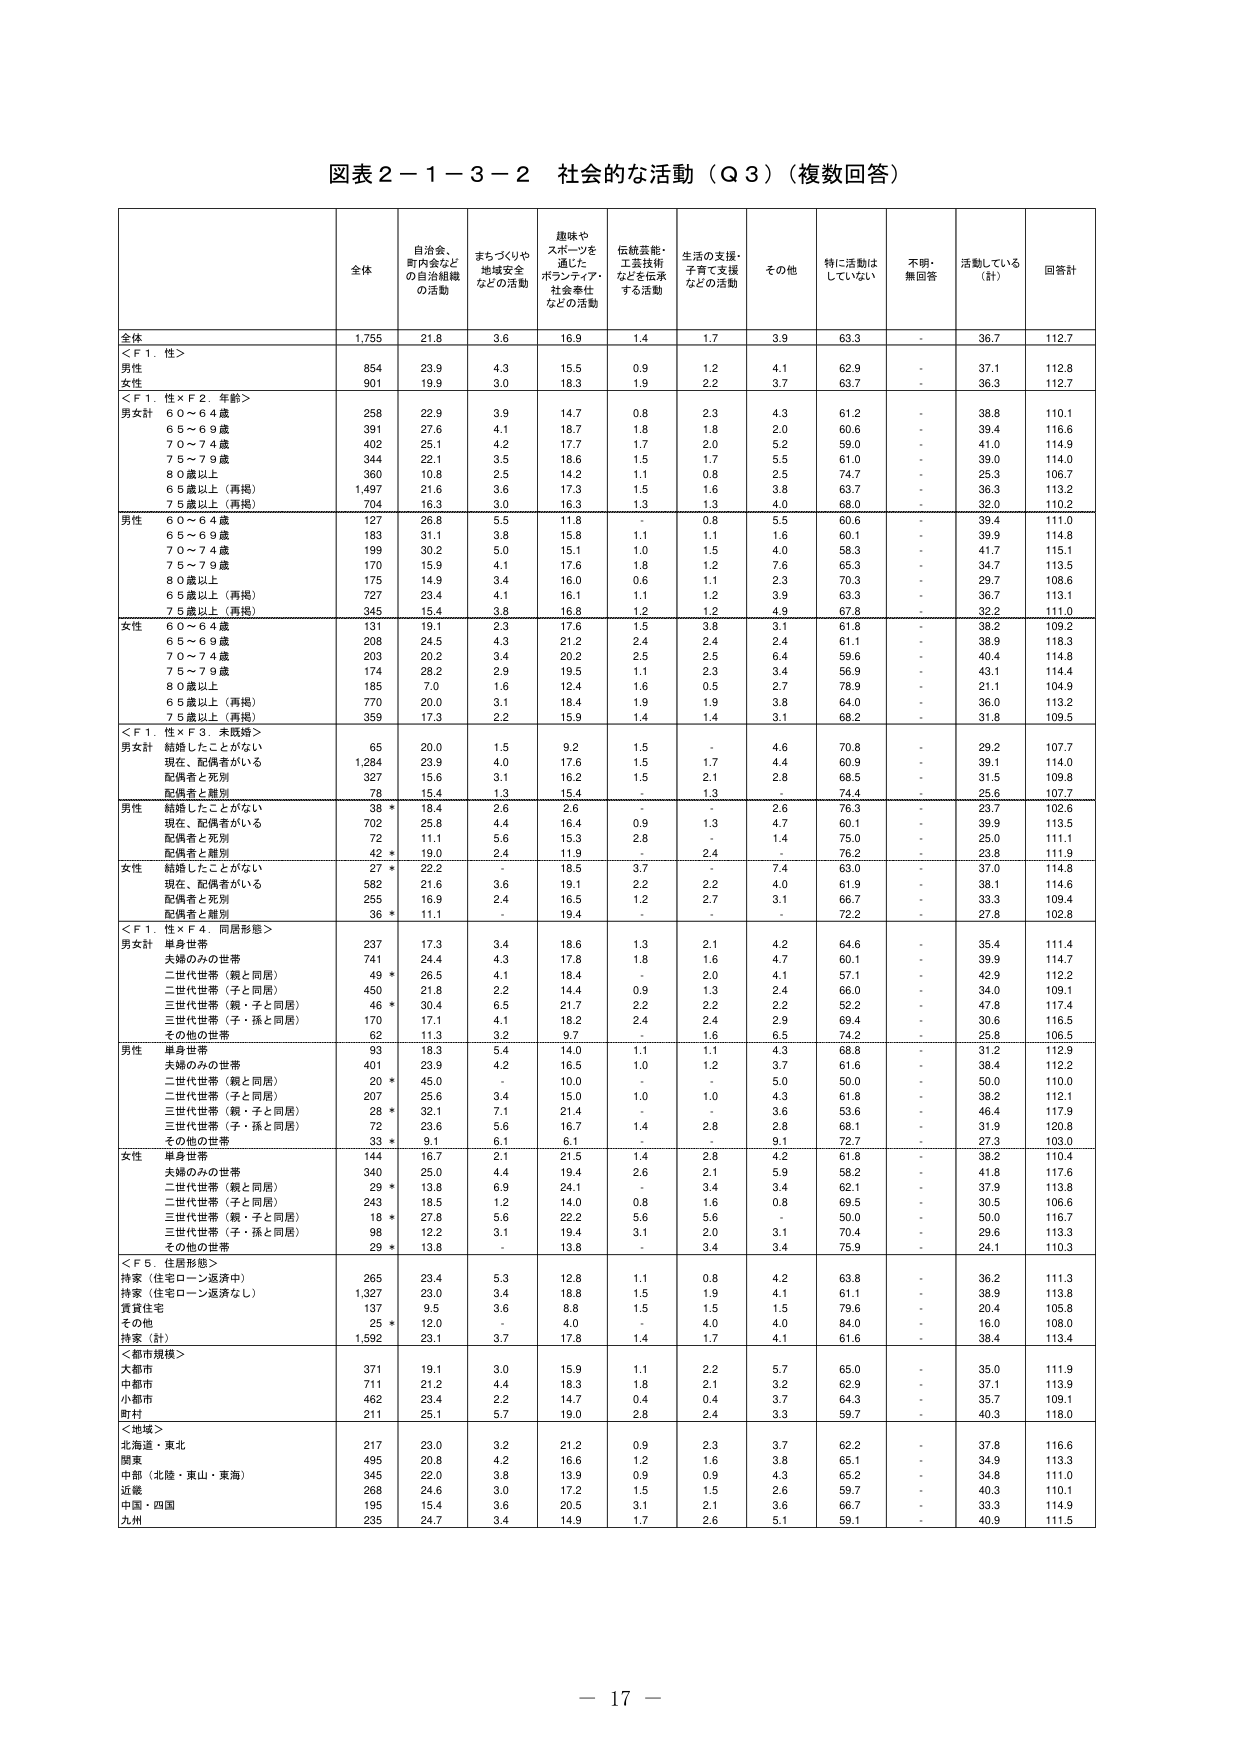
図表２－１－３－２ 社会的な活動（Ｑ３）（複数回答）

全体 自治会、町内会などの自治組織の活動 まちづくりや地域安全などの活動 趣味やスポーツを通じたボランティア・社会奉仕などの活動 伝統芸能・工芸技術などを伝承する活動 生活の支援・子育て支援などの活動 その他 特に活動はしていない 不明・無回答 活動している（計） 回答計

全体 1,755 21.8 3.6 16.9 1.4 1.7 3.9 63.3 - 36.7 112.7

＜Ｆ１．性＞
男性 854 23.9 4.3 15.5 0.9 1.2 4.1 62.9 - 37.1 112.8
女性 901 19.9 3.0 18.3 1.9 2.2 3.7 63.7 - 36.3 112.7

＜Ｆ１．性×Ｆ２．年齢＞
男女計
６０～６４歳 258 22.9 3.9 14.7 0.8 2.3 4.3 61.2 - 38.8 110.1
６５～６９歳 391 27.6 4.1 18.7 1.8 1.8 2.0 60.6 - 39.4 116.6
７０～７４歳 402 25.1 4.2 17.7 1.7 2.0 5.2 59.0 - 41.0 114.9
７５～７９歳 344 22.1 3.5 18.6 1.5 1.7 5.5 61.0 - 39.0 114.0
８０歳以上 360 10.8 2.5 14.2 1.1 0.8 2.5 74.7 - 25.3 106.7
６５歳以上（再掲） 1,497 21.6 3.6 17.3 1.5 1.6 3.8 63.7 - 36.3 113.2
７５歳以上（再掲） 704 16.3 3.0 16.3 1.3 1.3 4.0 68.0 - 32.0 110.2

男性
６０～６４歳 127 26.8 5.5 11.8 - 0.8 5.5 60.6 - 39.4 111.0
６５～６９歳 183 31.1 3.8 15.8 1.1 1.1 1.6 60.1 - 39.9 114.8
７０～７４歳 199 30.2 5.0 15.1 1.0 1.5 4.0 58.3 - 41.7 115.1
７５～７９歳 170 15.9 4.1 17.6 1.8 1.2 7.6 65.3 - 34.7 113.5
８０歳以上 175 14.9 3.4 16.0 0.6 1.1 2.3 70.3 - 29.7 108.6
６５歳以上（再掲） 727 23.4 4.1 16.1 1.1 1.2 3.9 63.3 - 36.7 113.1
７５歳以上（再掲） 345 15.4 3.8 16.8 1.2 1.2 4.9 67.8 - 32.2 111.0

女性
６０～６４歳 131 19.1 2.3 17.6 1.5 3.8 3.1 61.8 - 38.2 109.2
６５～６９歳 208 24.5 4.3 21.2 2.4 2.4 2.4 61.1 - 38.9 118.3
７０～７４歳 203 20.2 3.4 20.2 2.5 2.5 6.4 59.6 - 40.4 114.8
７５～７９歳 174 28.2 2.9 19.5 1.1 2.3 3.4 56.9 - 43.1 114.4
８０歳以上 185 7.0 1.6 12.4 1.6 0.5 2.7 78.9 - 21.1 104.9
６５歳以上（再掲） 770 20.0 3.1 18.4 1.9 1.9 3.8 64.0 - 36.0 113.2
７５歳以上（再掲） 359 17.3 2.2 15.9 1.4 1.4 3.1 68.2 - 31.8 109.5

＜Ｆ１．性×Ｆ３．未既婚＞
男女計
結婚したことがない 65 20.0 1.5 9.2 1.5 - 4.6 70.8 - 29.2 107.7
現在、配偶者がいる 1,284 23.9 4.0 17.6 1.5 1.7 4.4 60.9 - 39.1 114.0
配偶者と死別 327 15.6 3.1 16.2 1.5 2.1 2.8 68.5 - 31.5 109.8
配偶者と離別 78 15.4 1.3 15.4 - 1.3 - 74.4 - 25.6 107.7

男性
結婚したことがない 38 * 18.4 2.6 2.6 - - 2.6 76.3 - 23.7 102.6
現在、配偶者がいる 702 25.8 4.4 16.4 0.9 1.3 4.7 60.1 - 39.9 113.5
配偶者と死別 72 11.1 5.6 15.3 2.8 - 1.4 75.0 - 25.0 111.1
配偶者と離別 42 * 19.0 2.4 11.9 - 2.4 - 76.2 - 23.8 111.9

女性
結婚したことがない 27 * 22.2 - 18.5 3.7 - 7.4 63.0 - 37.0 114.8
現在、配偶者がいる 582 21.6 3.6 19.1 2.2 2.2 4.0 61.9 - 38.1 114.6
配偶者と死別 255 16.9 2.4 16.5 1.2 2.7 3.1 66.7 - 33.3 109.4
配偶者と離別 36 * 11.1 - 19.4 - - - 72.2 - 27.8 102.8

＜Ｆ１．性×Ｆ４．同居形態＞
男女計
単身世帯 237 17.3 3.4 18.6 1.3 2.1 4.2 64.6 - 35.4 111.4
夫婦のみの世帯 741 24.4 4.3 17.8 1.8 1.6 4.7 60.1 - 39.9 114.7
二世代世帯（親と同居） 49 * 26.5 4.1 18.4 - 2.0 4.1 57.1 - 42.9 112.2
二世代世帯（子と同居） 450 21.8 2.2 14.4 0.9 1.3 2.4 66.0 - 34.0 109.1
三世代世帯（親・子と同居） 46 * 30.4 6.5 21.7 2.2 2.2 2.2 52.2 - 47.8 117.4
三世代世帯（子・孫と同居） 170 17.1 4.1 18.2 2.4 2.4 2.9 69.4 - 30.6 116.5
その他の世帯 62 11.3 3.2 9.7 - 1.6 6.5 74.2 - 25.8 106.5

男性
単身世帯 93 18.3 5.4 14.0 1.1 1.1 4.3 68.8 - 31.2 112.9
夫婦のみの世帯 401 23.9 4.2 16.5 1.0 1.2 3.7 61.6 - 38.4 112.2
二世代世帯（親と同居） 20 * 45.0 - 10.0 - - 5.0 50.0 - 50.0 110.0
二世代世帯（子と同居） 207 25.6 3.4 15.0 1.0 1.0 4.3 61.8 - 38.2 112.1
三世代世帯（親・子と同居） 28 * 32.1 7.1 21.4 - - 3.6 53.6 - 46.4 117.9
三世代世帯（子・孫と同居） 72 23.6 5.6 16.7 1.4 2.8 2.8 68.1 - 31.9 120.8
その他の世帯 33 * 9.1 6.1 6.1 - - 9.1 72.7 - 27.3 103.0

女性
単身世帯 144 16.7 2.1 21.5 1.4 2.8 4.2 61.8 - 38.2 110.4
夫婦のみの世帯 340 25.0 4.4 19.4 2.6 2.1 5.9 58.2 - 41.8 117.6
二世代世帯（親と同居） 29 * 13.8 6.9 24.1 - 3.4 3.4 62.1 - 37.9 113.8
二世代世帯（子と同居） 243 18.5 1.2 14.0 0.8 1.6 0.8 69.5 - 30.5 106.6
三世代世帯（親・子と同居） 18 * 27.8 5.6 22.2 5.6 5.6 - 50.0 - 50.0 116.7
三世代世帯（子・孫と同居） 98 12.2 3.1 19.4 3.1 2.0 3.1 70.4 - 29.6 113.3
その他の世帯 29 * 13.8 - 13.8 - 3.4 3.4 75.9 - 24.1 110.3

＜Ｆ５．住居形態＞
持家（住宅ローン返済中） 265 23.4 5.3 12.8 1.1 0.8 4.2 63.8 - 36.2 111.3
持家（住宅ローン返済なし） 1,327 23.0 3.4 18.8 1.5 1.9 4.1 61.1 - 38.9 113.8
賃貸住宅 137 9.5 3.6 8.8 1.5 1.5 1.5 79.6 - 20.4 105.8
その他 25 * 12.0 - 4.0 - 4.0 4.0 84.0 - 16.0 108.0
持家（計） 1,592 23.1 3.7 17.8 1.4 1.7 4.1 61.6 - 38.4 113.4

＜都市規模＞
大都市 371 19.1 3.0 15.9 1.1 2.2 5.7 65.0 - 35.0 111.9
中都市 711 21.2 4.4 18.3 1.8 2.1 3.2 62.9 - 37.1 113.9
小都市 462 23.4 2.2 14.7 0.4 0.4 3.7 64.3 - 35.7 109.1
町村 211 25.1 5.7 19.0 2.8 2.4 3.3 59.7 - 40.3 118.0

＜地域＞
北海道・東北 217 23.0 3.2 21.2 0.9 2.3 3.7 62.2 - 37.8 116.6
関東 495 20.8 4.2 16.6 1.2 1.6 3.8 65.1 - 34.9 113.3
中部（北陸・東山・東海） 345 22.0 3.8 13.9 0.9 0.9 4.3 65.2 - 34.8 111.0
近畿 268 24.6 3.0 17.2 1.5 1.5 2.6 59.7 - 40.3 110.1
中国・四国 195 15.4 3.6 20.5 3.1 2.1 3.6 66.7 - 33.3 114.9
九州 235 24.7 3.4 14.9 1.7 2.6 5.1 59.1 - 40.9 111.5

－ 17 －